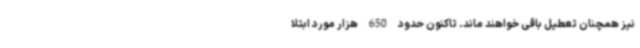
نیز همچنان تعطیل باقی خواهند ماند. تاکنون حدود 650 هزار مورد ابتلا